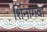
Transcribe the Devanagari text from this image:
शिंनागवा